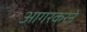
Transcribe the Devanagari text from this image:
आगरकरने